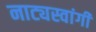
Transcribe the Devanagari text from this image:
नाट्यस्वांगी